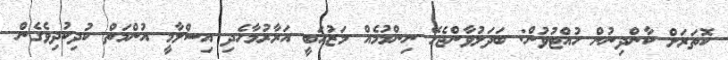
ކޮތަރަށް ކާންދިނުން ހުއްޓުވުން: ބަދަލުވާންޖެހޭ ނިންމުމެއް މަޒުހަބީ އަރާރުމާހެދި އިސްލާމީ އުންމަތް ކުދިކުދިވެގެން